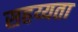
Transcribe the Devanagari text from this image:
सहय्यता